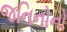
જનિનોનો